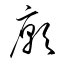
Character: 廓